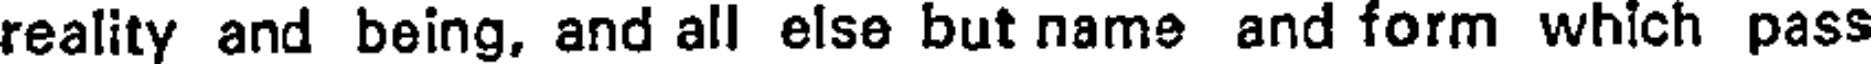
reality and being, and all else but name and form which pass